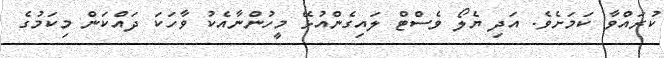
ކުރައްވާ ކަމަށެވެ. އަދި ޔެލޯ ވެސްޓް ލައިގެންއުޅޭ މީހުންނާއެކު ވާހަކަ ދައްކަން މިކަމުގެ